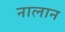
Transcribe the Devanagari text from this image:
नालान